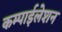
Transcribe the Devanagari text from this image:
कम्पाईलेशन